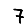
Digit: 7